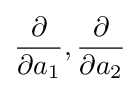
{\frac {\partial }{\partial a_{1}}},{\frac {\partial }{\partial a_{2}}}